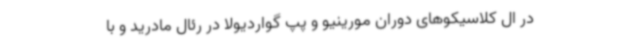
در ال کلاسیکوهای دوران مورینیو و پپ گواردیولا در رئال مادرید و با